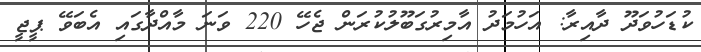
ކުޑަހުވަދޫ ދާއިރާ: އަހުމަދު އާމިރުގަބޫލުކުރަން ޖެހޭ 220 ވަނަ މާއްދާގައި އެބަވޭ ޕީޖީ